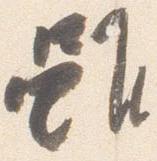
雖